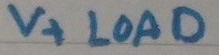
Text: V+ LOAD